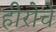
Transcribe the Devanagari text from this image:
हीरोचे